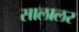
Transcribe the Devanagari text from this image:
सालालर